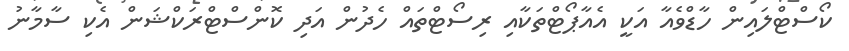
ކޯސްޓްލައިން ހާޑްވެއާ އަކީ އެއާޕޯޓްތަކާއި ރިސޯޓްތައް ހެދުން އަދި ކޮންސްޓްރަކްޝަން އެކި ސާމާނު